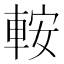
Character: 𨋴